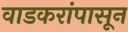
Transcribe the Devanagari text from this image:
वाडकरांपासून